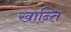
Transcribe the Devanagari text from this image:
खान्ति